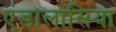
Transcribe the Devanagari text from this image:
एंडालासिया